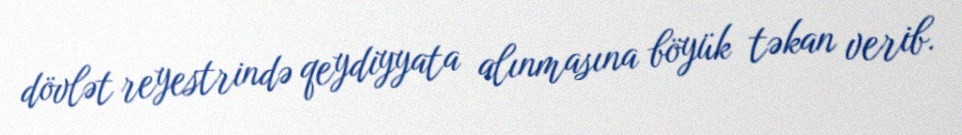
dövlət reyestrində qeydiyyata alınmasına böyük təkan verib.